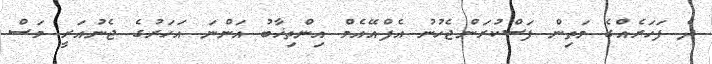
ދެ ފަހަރެއްގެ މަތިން ފަސްކުރަންޖެހުނު އެފްއޭއެމް އިންތިޚާބު އަންނަ އަހަރުގެ ޖެނުއަރީ މަސް